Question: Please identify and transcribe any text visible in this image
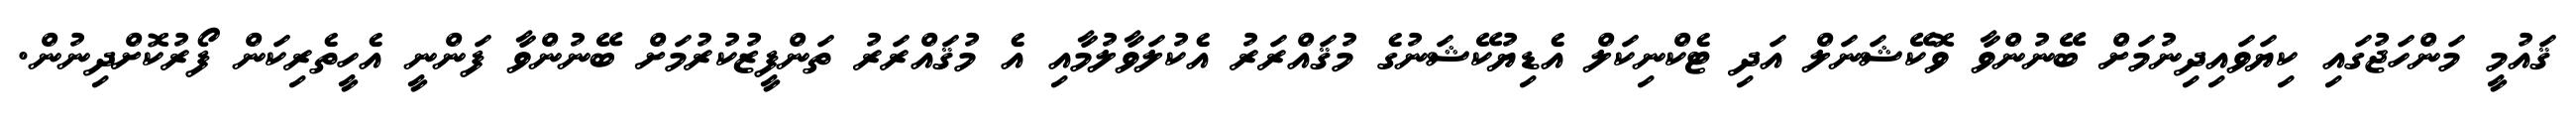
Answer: ޤައުމީ މަންހަޖުގައި ކިޔަވައިދިނުމަށް ބޭނުންވާ ވޮކޭޝަނަލް އަދި ޓެކްނިކަލް އެޑިޔުކޭޝަނުގެ މުޤައްރަރު އެކުލަވާލުމާއި އެ މުޤައްރަރު ތަންފީޒުކުރުމަށް ބޭނުންވާ ފަންނީ އެހީތެރިކަން ފޯރުކޮށްދިނުން.